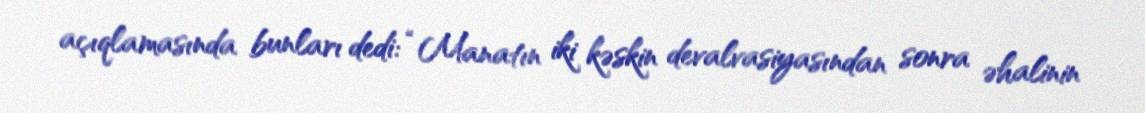
açıqlamasında bunları dedi: “Manatın iki kəskin devalvasiyasından sonra əhalinin